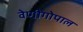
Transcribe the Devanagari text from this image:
वेणीगोपाल